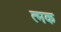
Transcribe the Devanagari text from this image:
त्मक